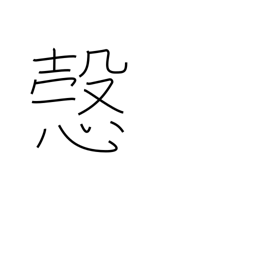
Meaning: sincerely